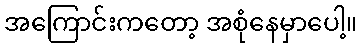
အကြောင်းကတော့ အစုံနေမှာပေါ့။